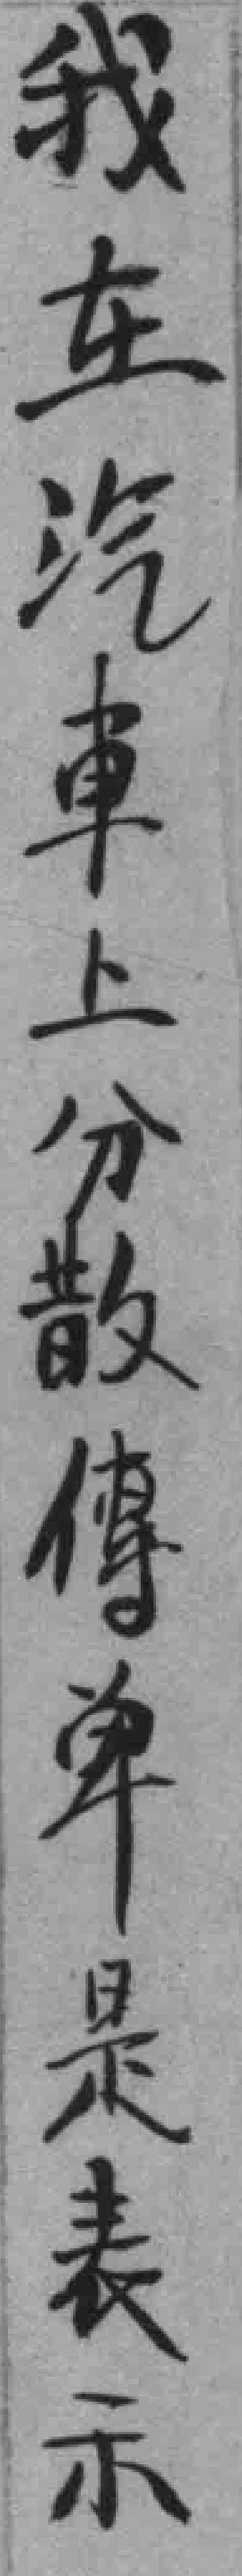
我在汽車上分散傳单是表示